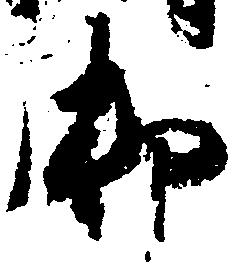
御